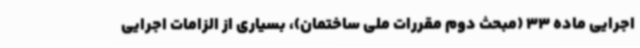
اجرایی ماده 33 (مبحث دوم مقررات ملی ساختمان)، بسیاری از الزامات اجرایی